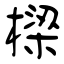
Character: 樑